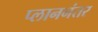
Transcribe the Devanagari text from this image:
प्लाननंतर